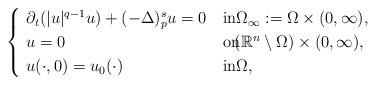
LaTeX: \begin{align*} \begin{cases}\,\,\partial_t(|u|^{q-1}u)+(-\Delta)_p^su=0 &\textrm{in}\Omega_\infty:=\Omega \times (0,\infty), \\\,\,u=0 &\textrm{on}\!\!(\mathbb{R}^n \setminus \Omega)\times(0,\infty) , \\\,\,u(\cdot, 0)=u_0(\cdot ) &\textrm{in}\Omega, \end{cases}\end{align*}